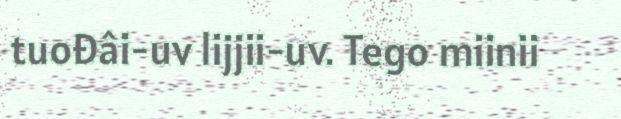
tuođâi-uv lijjii-uv. Tego miinii